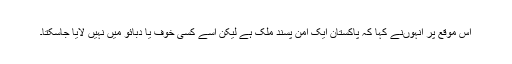
اس موقع پر انہوںنے کہا کہ پاکستان ایک امن پسند ملک ہے لیکن اسے کسی خوف یا دبائو میں نہیں لایا جاسکتا۔